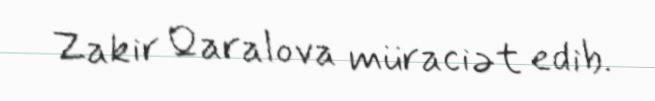
Zakir Qaralova müraciət edib.